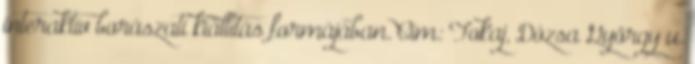
interaktív borászati kiállítás formájában. Cím: Tokaj, Dózsa György u.